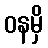
ဝနမှိ